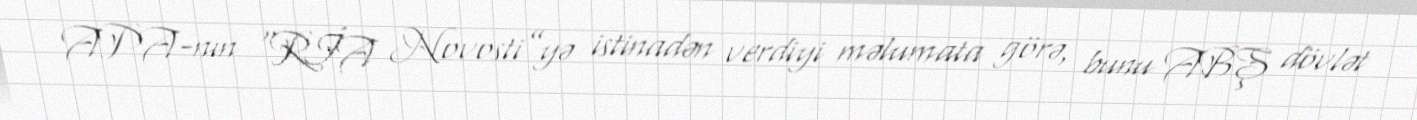
APA-nın “RİA Novosti”yə istinadən verdiyi məlumata görə, bunu ABŞ dövlət